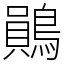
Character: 鶰